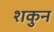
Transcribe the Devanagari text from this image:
शकुुन